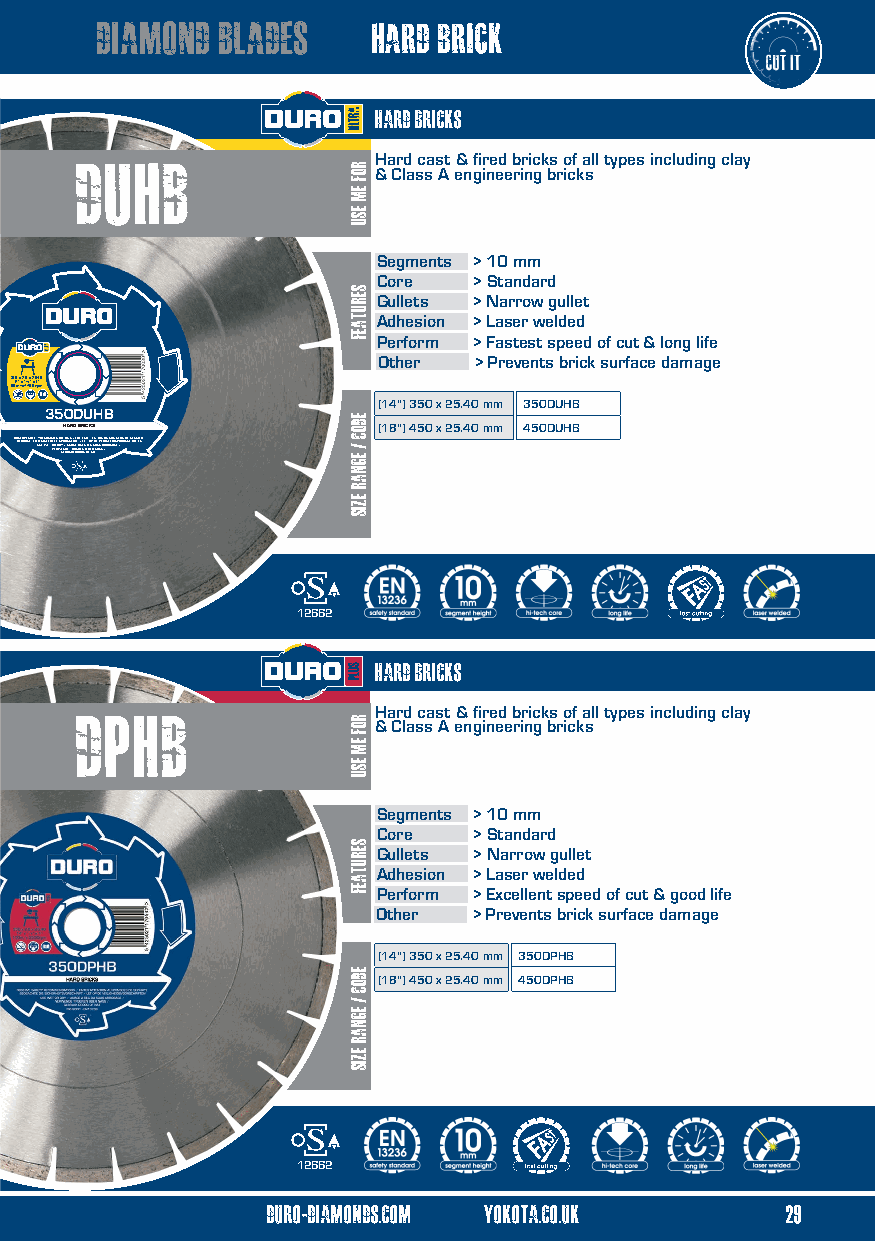
diamond blades     hard brick
 HARD BRICKS
 duhb                Hard cast & fired bricks of all types including clay
 & Class A engineering bricks
 Segments > 10 mm
 Core  > Standard
 Gullets > Narrow gullet
 Adhesion > Laser welded
 Perform > Fastest speed of cut & long life
 Other > Prevents brick surface damage
 3 85 010 m4 ”x / xs2 1. 48/4 8x”0 2 0x 5 r1p.4”m0
 (14") 350 x 25.40 mm 350DUHB
 350DUHB
 HARD BRICKS          (18") 450 x 25.40 mm 450DUHB
 O BBSEEORBVAEC SHATFEE DT UYIES RSEE IWCCHO EEM TR M OH VREEE RIN DT WDSRV GA YEOT E N/I BRO D U RSN EC US S THA I KR/ GR O DEIFF C RATAKO I T/ ES OE N EL GS C E O O TA OD FTOUE T NP R E S A ND NO TTEUAI O SSV N SEAI LR/AIRGU OH C SEO AIDN GSS EVE /OILOSR DSEC HSRECIFUTRENITE
 12662
 HARD BRICKS
 Dphb                Hard cast & fired bricks of all types including clay
 & Class A engineering bricks
 Segments > 10 mm
 Core  > Standard
 Gullets > Narrow gullet
 Adhesion > Laser welded
 Perform > Excellent speed of cut & good life
 Other > Prevents brick surface damage
 (14") 350 x 25.40 mm 350DPHB
 (18") 450 x 25.40 mm 450DPHB
 12662
 duro-diamonds.com yokota.co.uk    29
 duro-diamonds.com yokota.co.uk      12
 ROF
 EM
 ESU
 serutaef
 eDOC
 / egnar
 ezis
 ROF
 EM
 ESU
 serutaef
 EDOC
 /
 Egnar
 ezis